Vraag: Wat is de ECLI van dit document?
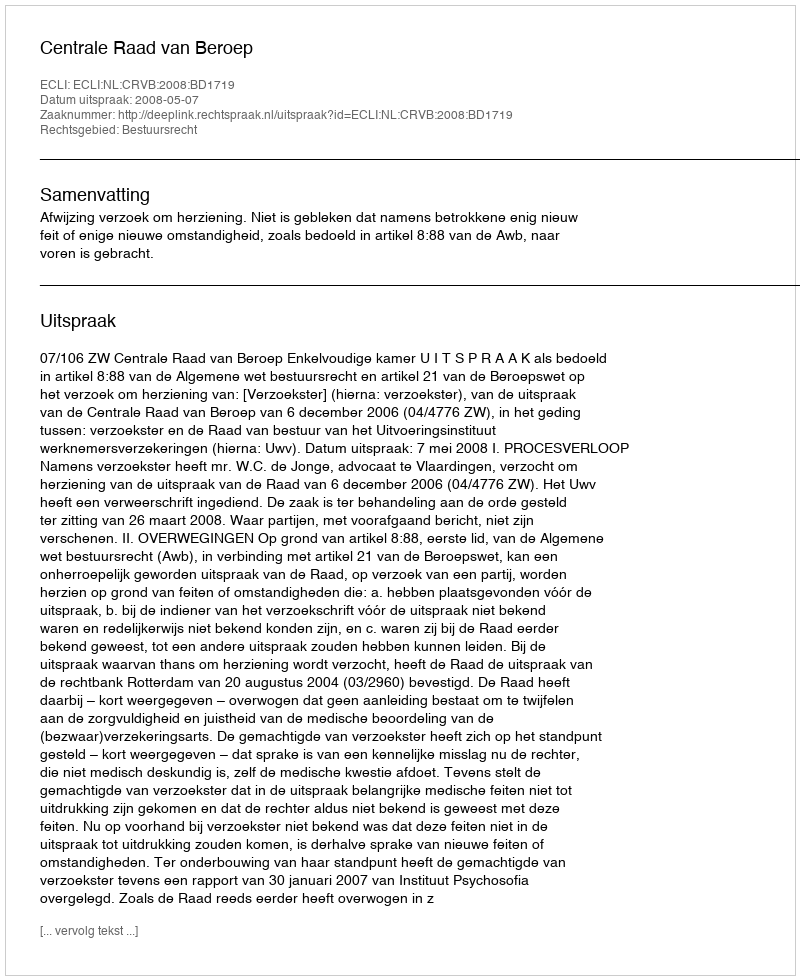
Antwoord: ECLI:NL:CRVB:2008:BD1719